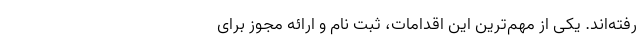
رفته‌اند. یکی از مهم‌ترین این اقدامات، ثبت نام و ارائه مجوز برای